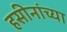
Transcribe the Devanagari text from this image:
हसीनांच्या